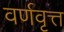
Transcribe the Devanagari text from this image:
वर्णवृत्त